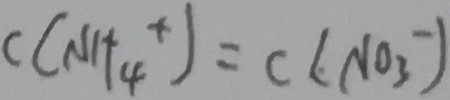
c ( N 1 t _ { 4 } ^ { + } ) = c ( N 0 _ { 3 } ^ { - } )